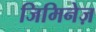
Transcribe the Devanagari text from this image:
जिमिनेज़